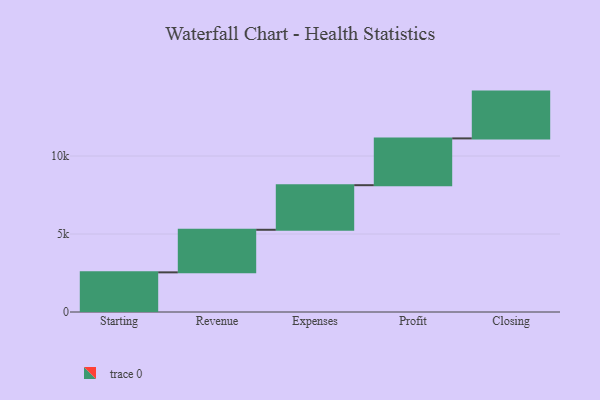
{"axis": {"x": "Step", "y": "Value"}, "legend": [""], "data": [{"x": "Starting", "y": 2542.0, "type": ""}, {"x": "Revenue", "y": 2729.0, "type": ""}, {"x": "Expenses", "y": 2858.0, "type": ""}, {"x": "Profit", "y": 3000, "type": ""}, {"x": "Closing", "y": 3000, "type": ""}]}